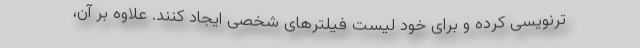
ترنویسی کرده و برای خود لیست فیلترهای شخصی ایجاد کنند. علاوه بر آن،